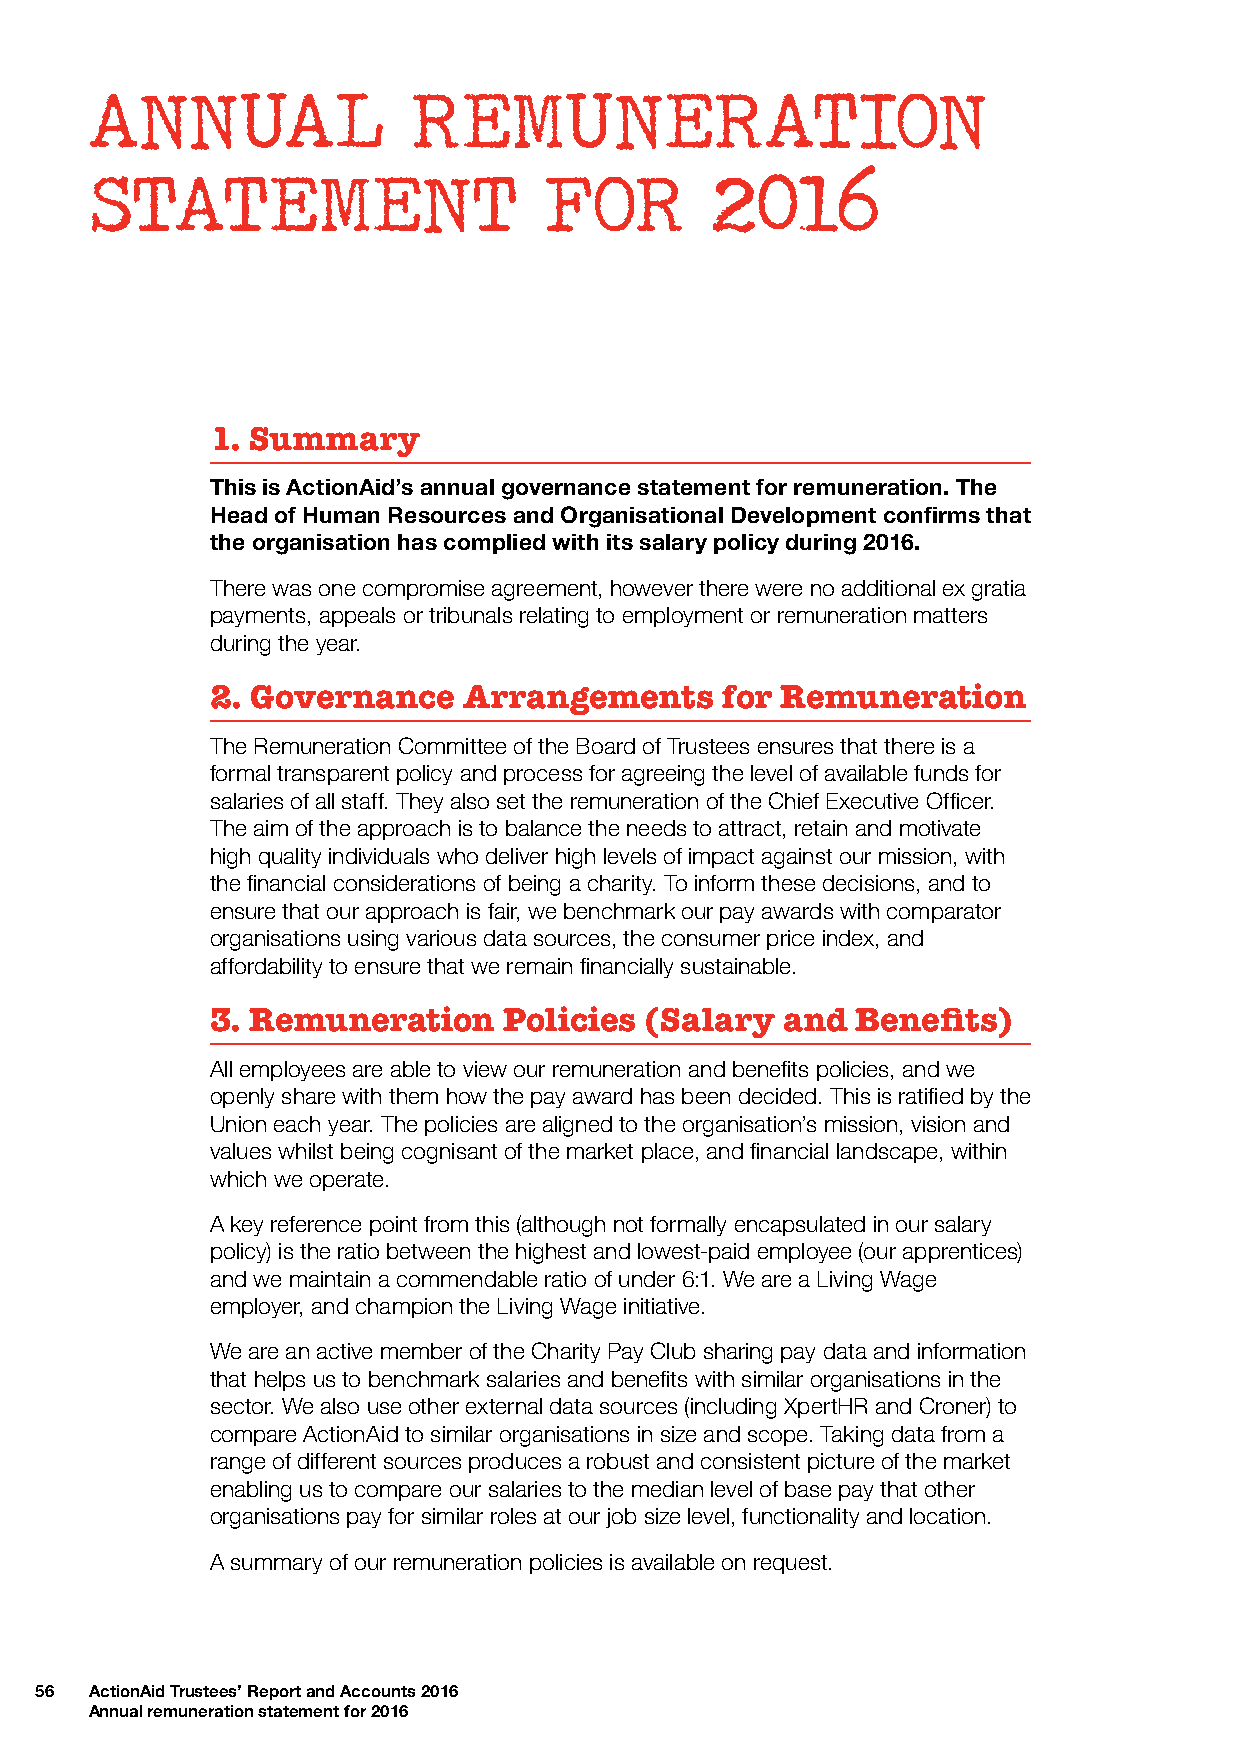
ANNUAL               REMUNERATION
 STATEMENT                     FOR        2016
 1. Summary
 This is ActionAid’s annual governance statement for remuneration. The
 Head of Human Resources and Organisational Development confirms that
 the organisation has complied with its salary policy during 2016.
 There was one compromise agreement, however there were no additional ex gratia
 payments, appeals or tribunals relating to employment or remuneration matters
 during the year.
 2. Governance    Arrangements     for Remuneration
 The Remuneration Committee of the Board of Trustees ensures that there is a
 formal transparent policy and process for agreeing the level of available funds for
 salaries of all staff. They also set the remuneration of the Chief Executive Officer.
 The aim of the approach is to balance the needs to attract, retain and motivate
 high quality individuals who deliver high levels of impact against our mission, with
 the financial considerations of being a charity. To inform these decisions, and to
 ensure that our approach is fair, we benchmark our pay awards with comparator
 organisations using various data sources, the consumer price index, and
 affordability to ensure that we remain financially sustainable.
 3. Remuneration    Policies  (Salary  and  Benefits)
 All employees are able to view our remuneration and benefits policies, and we
 openly share with them how the pay award has been decided. This is ratified by the
 Union each year. The policies are aligned to the organisation’s mission, vision and
 values whilst being cognisant of the market place, and financial landscape, within
 which we operate.
 A key reference point from this (although not formally encapsulated in our salary
 policy) is the ratio between the highest and lowest-paid employee (our apprentices)
 and we maintain a commendable ratio of under 6:1. We are a Living Wage
 employer, and champion the Living Wage initiative.
 We are an active member of the Charity Pay Club sharing pay data and information
 that helps us to benchmark salaries and benefits with similar organisations in the
 sector. We also use other external data sources (including XpertHR and Croner) to
 compare ActionAid to similar organisations in size and scope. Taking data from a
 range of different sources produces a robust and consistent picture of the market
 enabling us to compare our salaries to the median level of base pay that other
 organisations pay for similar roles at our job size level, functionality and location.
 A summary of our remuneration policies is available on request.
 56  ActionAid Trustees’ Report and Accounts 2016
 Annual remuneration statement for 2016